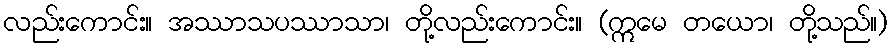
လည်းကောင်း။ အဿာသပဿာသာ၊ တို့လည်းကောင်း။ (ဣမေ တယော၊ တို့သည်။)